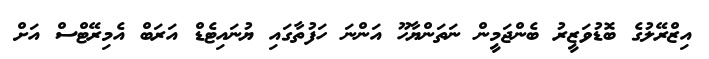
އިޒްރޭލުގެ ބޮޑުވަޒީރު ބެންޖަމީން ނަތަންޔާހޫ އަންނަ ހަފުތާގައި ޔުނައިޓެޑް އަރަބް އެމިރޭޓްސް އަށް